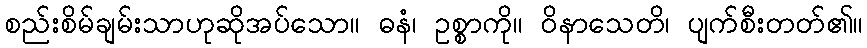
စည်းစိမ်ချမ်းသာဟုဆိုအပ်သော။ ဓနံ၊ ဥစ္စာကို။ ဝိနာသေတိ၊ ပျက်စီးတတ်၏။